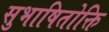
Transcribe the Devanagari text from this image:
सुभाषितोक्ति